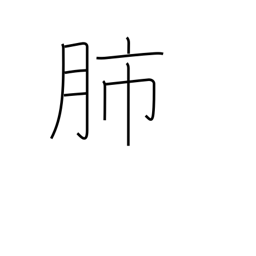
Meaning: lungs